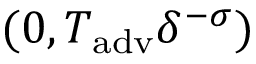
( 0 , T _ { \mathrm { a d v } } \delta ^ { - \sigma } )